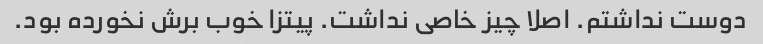
دوست نداشتم. اصلا چیز خاصی نداشت. پیتزا خوب برش نخورده بود.